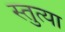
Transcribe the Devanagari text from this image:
स्तुत्या